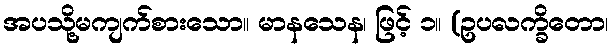
အပသို့မကျက်စားသော။ မာနသေန၊ ဖြင့် ၁။ (ဥပလက္ခိတော၊